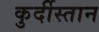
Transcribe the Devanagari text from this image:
कुर्दीस्तान